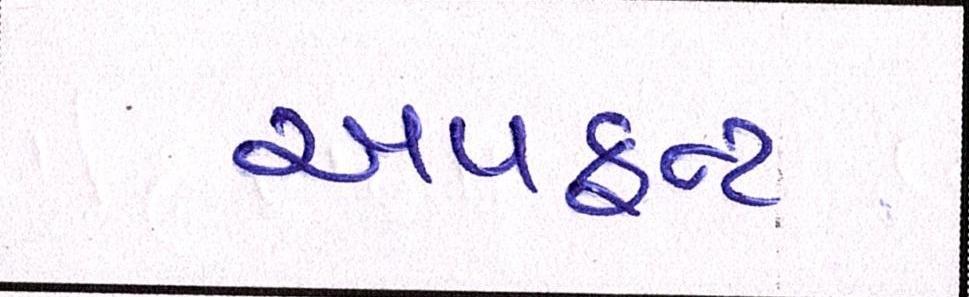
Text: અપફ્રન્ટ